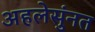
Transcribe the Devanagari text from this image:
अहलेसुंनत